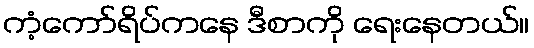
ကံ့ကော်ရိပ်ကနေ ဒီစာကို ရေးနေတယ်။